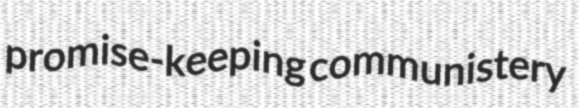
promise-keeping communistery